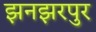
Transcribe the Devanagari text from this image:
झनझरपुर